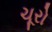
ચૂરો